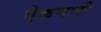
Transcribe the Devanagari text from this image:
ऐकणारी